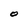
Character: O